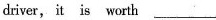
driver,it is worth ___